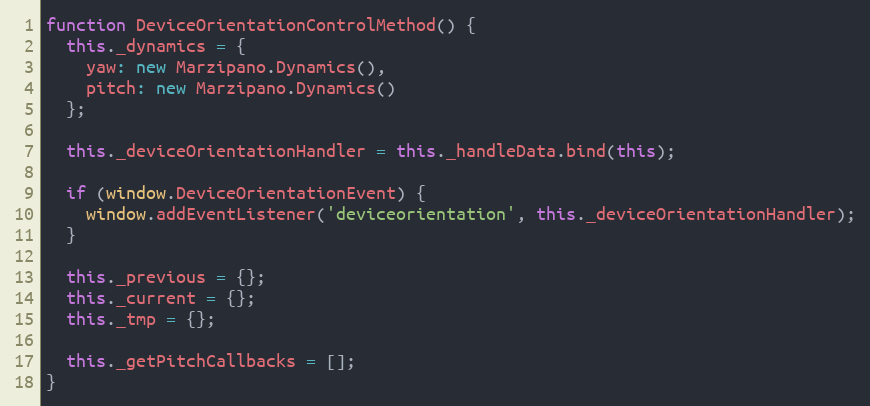
Language: JavaScript
function DeviceOrientationControlMethod() {
  this._dynamics = {
    yaw: new Marzipano.Dynamics(),
    pitch: new Marzipano.Dynamics()
  };

  this._deviceOrientationHandler = this._handleData.bind(this);

  if (window.DeviceOrientationEvent) {
    window.addEventListener('deviceorientation', this._deviceOrientationHandler);
  }

  this._previous = {};
  this._current = {};
  this._tmp = {};

  this._getPitchCallbacks = [];
}